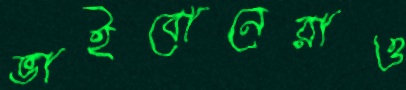
ভাইবোনেরাও